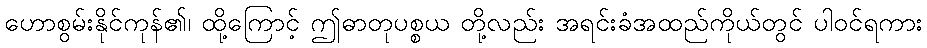
ဟောစွမ်းနိုင်ကုန်၏၊ ထို့ကြောင့် ဤဓာတုပစ္စယ တို့လည်း အရင်းခံအထည်ကိုယ်တွင် ပါဝင်ရကား